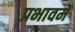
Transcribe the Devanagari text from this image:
प्रभावमें